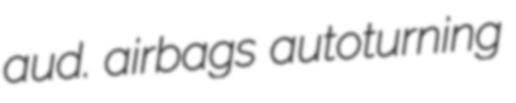
aud. airbags autoturning